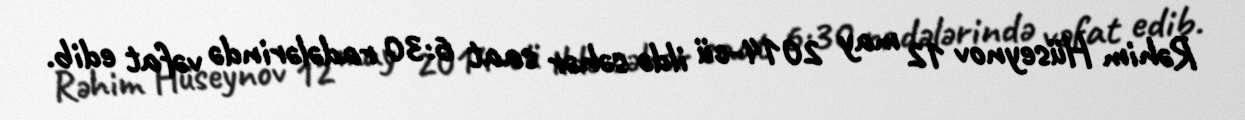
Rəhim Hüseynov 12 may 2014-cü ildə səhər saat 6:30 radələrində vəfat edib.